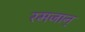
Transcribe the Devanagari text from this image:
रमजान्